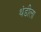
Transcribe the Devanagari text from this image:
थंडीला